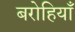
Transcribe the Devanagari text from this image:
बरोहियाँ